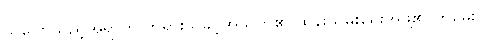
သူပြောသည့်အရာကို ဘုရားသခင့်အသက်၏ ထိန်းသိမ်းရေးအဖွဲ့၏ ကိုမေး